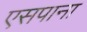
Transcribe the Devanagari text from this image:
एसपाना